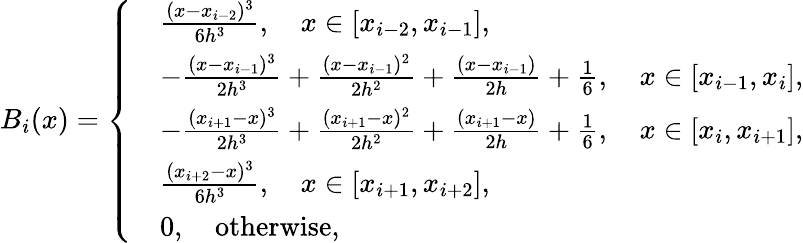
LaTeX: B_{i}(x)=\left\{ \begin{array}{rl}&{\frac{(x-x_{i-2})^{3}}{6h^{3}},\quad x\in[x_{i-2},x_{i-1}],}\\ &{-\frac{(x-x_{i-1})^{3}}{2h^{3}}+\frac{(x-x_{i-1})^{2}}{2h^{2}}+\frac{(x-x_{i-1})}{2h}+\frac{1}{6},\quad x\in[x_{i-1},x_{i}],}\\ &{-\frac{(x_{i+1}-x)^{3}}{2h^{3}}+\frac{(x_{i+1}-x)^{2}}{2h^{2}}+\frac{(x_{i+1}-x)}{2h}+\frac{1}{6},\quad x\in[x_{i},x_{i+1}],}\\ &{\frac{(x_{i+2}-x)^{3}}{6h^{3}},\quad x\in[x_{i+1},x_{i+2}],}\\ &{0,\quad\textup{otherwise},}\end{array}\right.